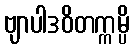
ဗျာပါဒဝိတက္ကမ္ပိ